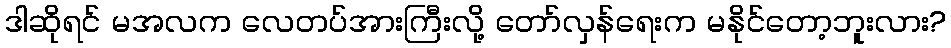
ဒါဆိုရင် မအလက လေတပ်အားကြီးလို့ တော်လှန်ရေးက မနိုင်တော့ဘူးလား?